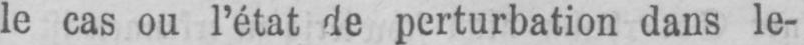
le cas ou l’état de perturbation dans le-